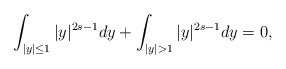
\begin{align*}\int_{|y|\leq 1}|y|^{2s-1}dy+\int_{|y|> 1}|y|^{2s-1}dy=0,\end{align*}